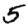
Digit: 5